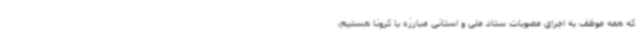
که همه موظف به اجرای مصوبات ستاد ملی و استانی مبارزه با کرونا هستیم،